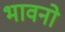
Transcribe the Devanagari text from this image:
भावनो